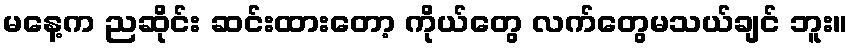
မနေ့က ညဆိုင်း ဆင်းထားတော့ ကိုယ်တွေ လက်တွေမသယ်ချင် ဘူး။